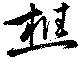
樵